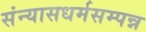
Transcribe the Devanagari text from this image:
संन्यासधर्मसम्पन्न